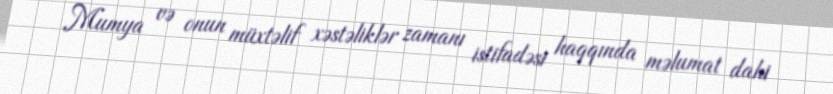
Mumya və onun müxtəlif xəstəliklər zamanı istifadəsi haqqında məlumat dahi